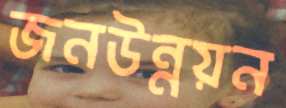
জনউন্নয়ন